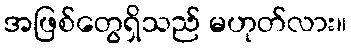
အဖြစ်တွေရှိသည် မဟုတ်လား။